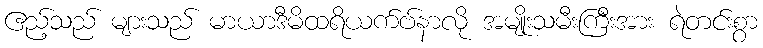
ဧည့်သည် များသည် မာယာဒီမိထရိယက်ဗ်နာလို အမျိုးသမီးကြီးအား ရဲတင်းစွာ